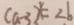
( a - 3 ) = 2 b